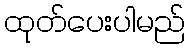
ထုတ်ပေးပါမည်